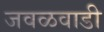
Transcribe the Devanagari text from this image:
जवळवाडी